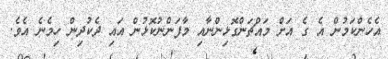
އެހެންކަމުން އެ ގެ އަށް މައްޗަންގޮޅިންނާއި މާފަންނުކޮޅުން އައި ދެކުދިން ހިމެނެ އެވެ.